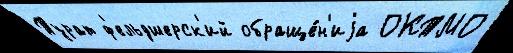
Турат ф'ельдшерск'ий обраще́н'иjа ОКТМО